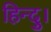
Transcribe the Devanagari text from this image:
हिन्दु।